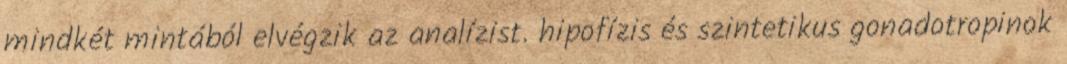
mindkét mintából elvégzik az analízist. hipofízis és szintetikus gonadotropinok